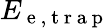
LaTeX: E_{\mathrm{~e~,~t~r~a~p~}}